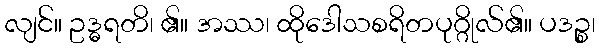
လျင်။ ဥဒ္ဓရတိ၊ ၏။ အဿ၊ ထိုဒေါသစရိတပုဂ္ဂိုလ်၏။ ပဒဉ္စ၊